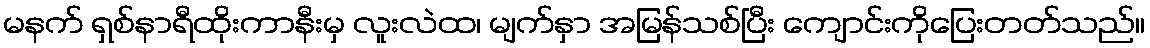
မနက် ရှစ်နာရီထိုးကာနီးမှ လူးလဲထ၊ မျက်နှာ အမြန်သစ်ပြီး ကျောင်းကိုပြေးတတ်သည်။